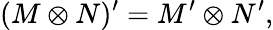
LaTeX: (M\otimes N)^{\prime}=M^{\prime}\otimes N^{\prime},